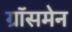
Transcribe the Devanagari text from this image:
ग्रॉसमेन